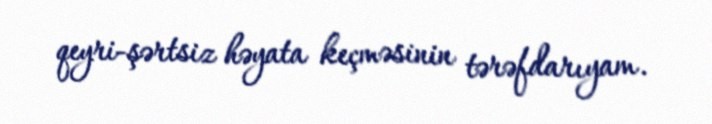
qeyri-şərtsiz həyata keçməsinin tərəfdarıyam.